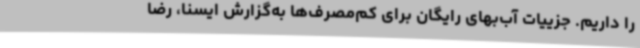
را داریم. جزییات آب‌بهای رایگان برای کم‌مصرف‌ها به‌گزارش ایسنا، رضا